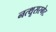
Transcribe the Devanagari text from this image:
नत्थूसरगेट